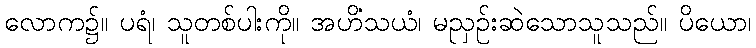
လောက၌။ ပရံ၊ သူတစ်ပါးကို။ အဟိံသယံ၊ မညှဉ်းဆဲသောသူသည်။ ပိယော၊